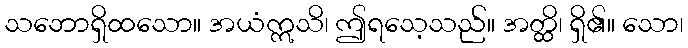
သဘောရှိထသော။ အယံဣသိ၊ ဤရသေ့သည်။ အတ္ထိ၊ ရှိ၏။ သော၊